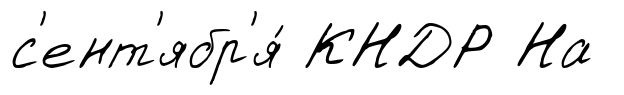
с'ент'ябр'я́ КНДР На